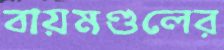
বায়মণ্ডলের